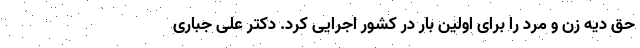
حق دیه زن و مرد را برای اولین بار در کشور اجرایی کرد. دکتر علی جباری